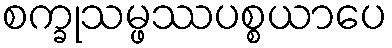
စက္ခုသမ္ဖဿပစ္စယာပေ